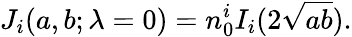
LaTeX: J_{i}(a,b;\lambda=0)=n_{0}^{i}I_{i}(2{\sqrt{ab}}).